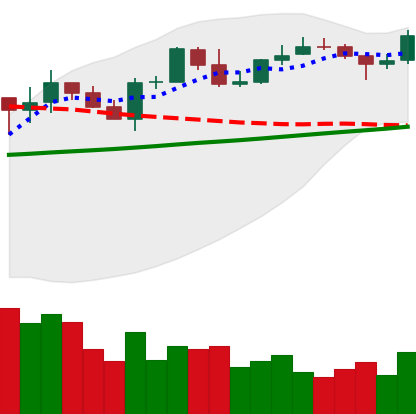
Ticker: LINK-USD
Chart end date: 2020-04-29
Forward return: -3.537%
Label: down_3_5